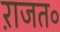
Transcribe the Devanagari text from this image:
ऱाजत॰